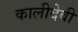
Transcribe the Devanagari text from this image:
कालीदेवी